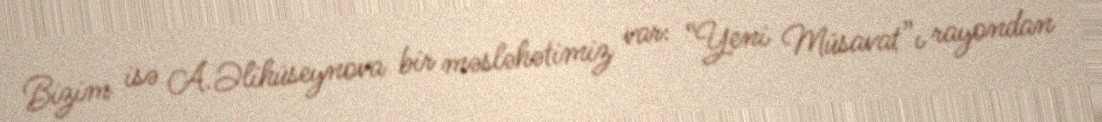
Bizim isə A.Əlihüseynova bir məsləhətimiz var: “Yeni Müsavat”ı rayondan